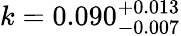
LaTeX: k=0.090_{-0.007}^{+0.013}